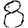
Digit: 8